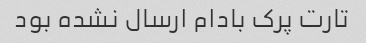
تارت پرک بادام ارسال نشده بود